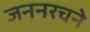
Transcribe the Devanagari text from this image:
जननरचने